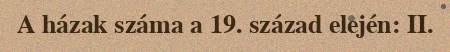
A házak száma a 19. század elején: II.